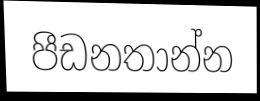
පීඩනතාන්න